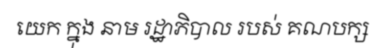
យេក ក្នុង នាម រដ្ឋាភិបាល របស់ គណបក្ស